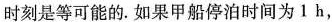
时刻是等可能的.如果甲船停泊时间为1h，